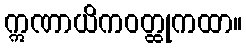
ဣဏာယိကဝတ္ထုကထာ။